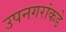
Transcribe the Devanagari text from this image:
उपनगरांकडे